Civil Veterinary Department. United Provinces 1912-22 - 1912-1922
Year: 1912
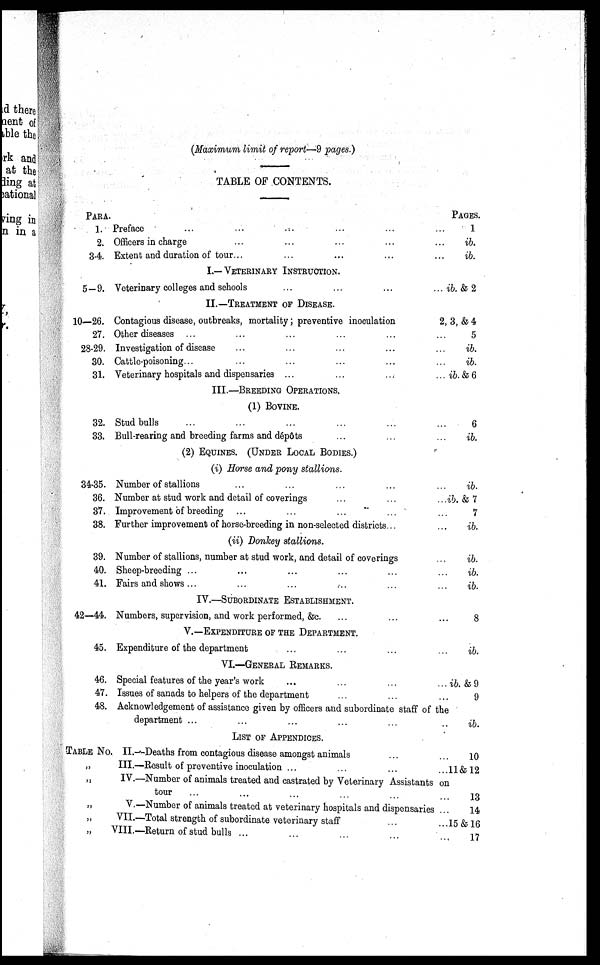
(Maximum limit of report—9 pages.)
TABLE OF CONTENTS.
PARA.
1.
2.
3-4.
5-9.
10—26.
27.
28-29.
30.
31.
32.
33.
34-35.
36.
37.
38.
39.
40.
41.
42-44.
45.
46.
47.
48.
Preface ... ... ... ...
Officers in charge ... ... ... ... ...
Extent and duration of tour ... ... ... ... ...
I.— VETERINARY INSTRUCTION.
Veterinary colleges and schools ... ... ... ...
II.—TREATMENT OF DISEASE.
Contagious disease, outbreaks, mortality; preventive inoculation
Other diseases ... ... ... ...
Investigation of disease ... ... ... ... ...
Cattle-poisoning ... ... ... ... ...
Veterinary hospitals and dispensaries ... ... ... ...
III.—BREEDING OPERATIONS.
(1) BOVINE.
Stud bulls ... ... ... ... ... ...
Bull-rearing and breeding farms and dépôts ... ... ...
(2) EQUINES. (UNDER LOCAL BODIES.)
(i) Horse and pony stallions.
Number of stallions ... ... ... ... ...
Number at stud work and detail of coverings ... ... ...
Improvement of breeding ... ... ... ... ...
Further improvement of horse-breeding in non-selected districts. ...
(ii) Donkey stallions.
Number of stallions, number at stud work, and detail of coverings ...
Sheep-breeding ... ... ... ... ... ...
Fairs and shows ... ... ... ... ... ...
IV.—SUBORDINATE ESTABLISHMENT.
Numbers, supervision, and work performed, &c. ... ... ...
V.—EXPENDITURE OF THE DEPARTMENT.
Expenditure of the department ... ... ... ...
VI.—GENERAL REMARKS.
Special features of the year's work ... ... ... ...
Issues of sanads to helpers of the department ... ... ...
Acknowledgement of assistance given by officers and subordinate staff of the
department ... ... ... ... ... ...
LIST OF APPENDICES.
TABLE No. II.—Deaths from contagious disease amongst animals ... ...
„
„
„
„
„
III.—Result of preventive inoculation ... ... ... ...
IV.—Number of animals treated and castrated by Veterinary Assistants on
tour ... ... ... ... ... ...
V.—Number of animals treated at veterinary hospitals and dispensaries
VII.—Total strength of subordinate veterinary stuff ... ...
VIII.—Return of stud bulls ... ... ... ... ...
PAGES.
1
ib.
ib.
ib. & 2
2, 3, & 4
5
ib.
ib.
ib.& 6
6
ib.
ib.
ib. & 7
7
ib.
ib.
ib.
ib.
8
ib.
ib. & 9
9
ib.
10
11&12
13
14
15 & 16
17